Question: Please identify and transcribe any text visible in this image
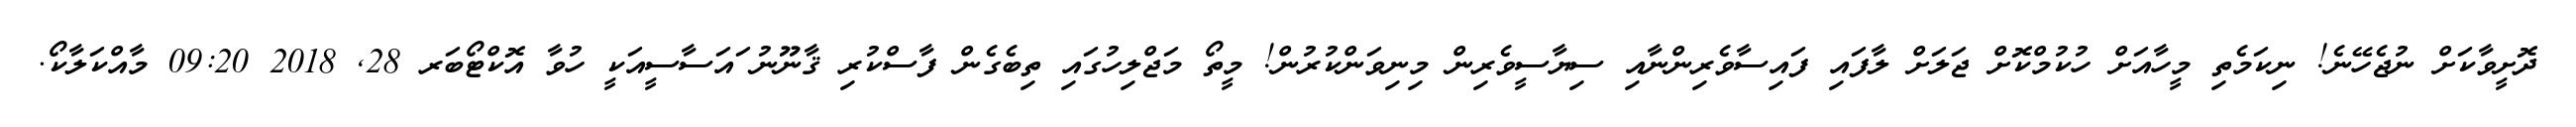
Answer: ދޮށީވާކަށް ނުޖެހޭނެ! ނިކަމެތި މީހާއަށް ހުކުމްކޮށް ޖަލަށް ލާފައި ފައިސާވެރިންނާއި ސިޔާސީވެރިން މިނިވަންކުރުން! މީތޯ މަޖްލިހުގައި ތިބެގެން ފާސްކުރި ޤާނޫނު ައަސާސީއަކީ ހުވާ އޮކްޓޯބަރ 28, 2018 09:20 މާއްކަލާކޯ.